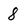
Character: 8